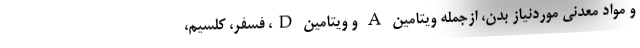
و مواد معدنی موردنیاز بدن، ازجمله ویتامین A و ویتامین D، فسفر، کلسیم،